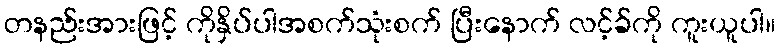
တနည်းအားဖြင့် ကိုနှိပ်ပါအစက်သုံးစက် ပြီးနောက် လင့်ခ်ကို ကူးယူပါ။